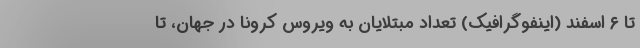
تا ۶ اسفند (اینفوگرافیک) تعداد مبتلایان به ویروس کرونا در جهان، تا